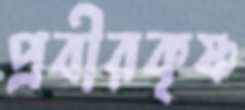
প্রবীরকৃষ্ণ